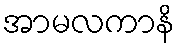
အာမလကာနိ